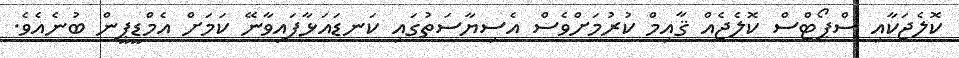
ކޮލެޖަކާއި ސްޕޯޓްސް ކޮލެޖެއް ޤާއިމް ކުރުމަށްވެސް އެސިޔާސަތުގައި ކަނޑައަޅާފައިވާނޭ ކަމަށް އެމްޑީޕީން ބުނެއެވެ.